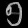
Digit: ၅